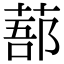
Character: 𦷽